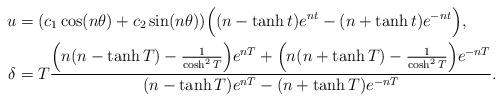
LaTeX: \begin{align*}u&=(c_1\cos (n\theta)+c_2\sin(n\theta))\Big((n-\tanh{t})e^{nt}-(n+\tanh{t})e^{-nt}\Big),\\\delta &= T\frac{\Big(n(n-\tanh{T})-\frac{1}{\cosh^2{T}}\Big) e^{nT}+\Big(n(n+\tanh{T})-\frac{1}{\cosh^2{T}}\Big) e^{-nT}}{(n-\tanh{T})e^{nT}-(n+\tanh{T})e^{-nT}}.\end{align*}